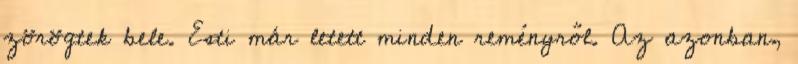
zörögtek bele. Esti már letett minden reményről. Az azonban,